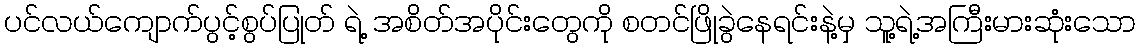
ပင်လယ်ကျောက်ပွင့်စွပ်ပြုတ် ရဲ့ အစိတ်အပိုင်းတွေကို စတင်ဖြိုခွဲနေရင်းနဲ့မှ သူ့ရဲ့အကြီးမားဆုံးသော